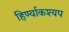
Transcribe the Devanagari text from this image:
हिर्ण्याकश्यप